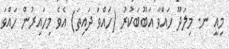
މިއީ ނ. މިލަދޫ ހައްވާ އަބޫބަކުރު (ހައްވަ ދައިތަ) އެވެ މިހައިރުން ހައްވަ